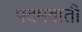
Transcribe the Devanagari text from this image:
पदमवाती